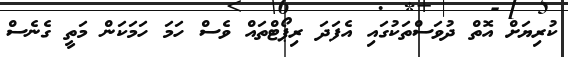
ކުރިޔަށް އޮތް ދުވަސްތަކުގައި އެފަދަ ރިޕޯޓްތައް ވެސް ހަމަ ހަމަކަން މަތީ ގެނެސް